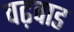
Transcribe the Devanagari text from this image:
वढ़वाड